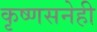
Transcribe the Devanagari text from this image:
कृष्णसनेही